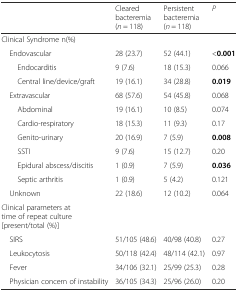
<table><thead><tr><td>[EMPTY_CELL]</td><td><b>Cleared bacteremia (<i>n</i> = 118)</b></td><td><b>Persistent bacteremia (<i>n</i> = 118)</b></td><td><b><i>P</i></b></td></tr></thead><tbody><tr><td>Clinical Syndrome n(%)</td><td>[EMPTY_CELL]</td><td>[EMPTY_CELL]</td><td>[EMPTY_CELL]</td></tr><tr><td> Endovascular</td><td>28 (23.7)</td><td>52 (44.1)</td><td>&lt;<b>0.001</b></td></tr><tr><td>Endocarditis</td><td>9 (7.6)</td><td>18 (15.3)</td><td>0.066</td></tr><tr><td>Central line/device/graft</td><td>19 (16.1)</td><td>34 (28.8)</td><td><b>0.019</b></td></tr><tr><td> Extravascular</td><td>68 (57.6)</td><td>54 (45.8)</td><td>0.068</td></tr><tr><td>Abdominal</td><td>19 (16.1)</td><td>10 (8.5)</td><td>0.074</td></tr><tr><td>Cardio-respiratory</td><td>18 (15.3)</td><td>11 (9.3)</td><td>0.17</td></tr><tr><td>Genito-urinary</td><td>20 (16.9)</td><td>7 (5.9)</td><td><b>0.008</b></td></tr><tr><td>SSTI</td><td>9 (7.6)</td><td>15 (12.7)</td><td>0.20</td></tr><tr><td>Epidural abscess/discitis</td><td>1 (0.9)</td><td>7 (5.9)</td><td><b>0.036</b></td></tr><tr><td>Septic arthritis</td><td>1 (0.9)</td><td>5 (4.2)</td><td>0.121</td></tr><tr><td> Unknown</td><td>22 (18.6)</td><td>12 (10.2)</td><td>0.064</td></tr><tr><td>Clinical parameters at time of repeat culture [present/total (%)]</td><td>[EMPTY_CELL]</td><td>[EMPTY_CELL]</td><td>[EMPTY_CELL]</td></tr><tr><td> SIRS</td><td>51/105 (48.6)</td><td>40/98 (40.8)</td><td>0.27</td></tr><tr><td> Leukocytosis</td><td>50/118 (42.4)</td><td>48/114 (42.1)</td><td>0.97</td></tr><tr><td> Fever</td><td>34/106 (32.1)</td><td>25/99 (25.3)</td><td>0.28</td></tr><tr><td> Physician concern of instability</td><td>36/105 (34.3)</td><td>25/96 (26.0)</td><td>0.20</td></tr></tbody></table>